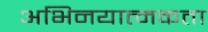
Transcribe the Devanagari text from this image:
अभिनयात्मकता